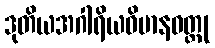
ဒုတိယအဂါရိယဝိမာနဝတ္ထု